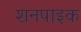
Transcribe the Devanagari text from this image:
शनपाइक